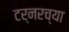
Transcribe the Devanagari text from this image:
टर्नरच्या